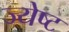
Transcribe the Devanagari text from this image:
ज्‍येष्‍ट